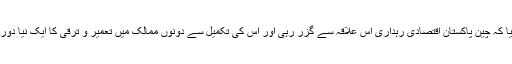
انہوں نے بتایا کہ چین پاکستان اقتصادی رہداری اس علاقہ سے گزر رہی اور اس کی تکمیل سے دونوں ممالک میں تعمیر و ترقی کا ایک نیا دور شروع ہوگا۔